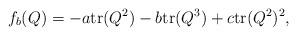
LaTeX: \begin{align*}f_b(Q)=-a\mathrm{tr}(Q^2)-b\mathrm{tr}(Q^3)+c\mathrm{tr}(Q^2)^2,\end{align*}